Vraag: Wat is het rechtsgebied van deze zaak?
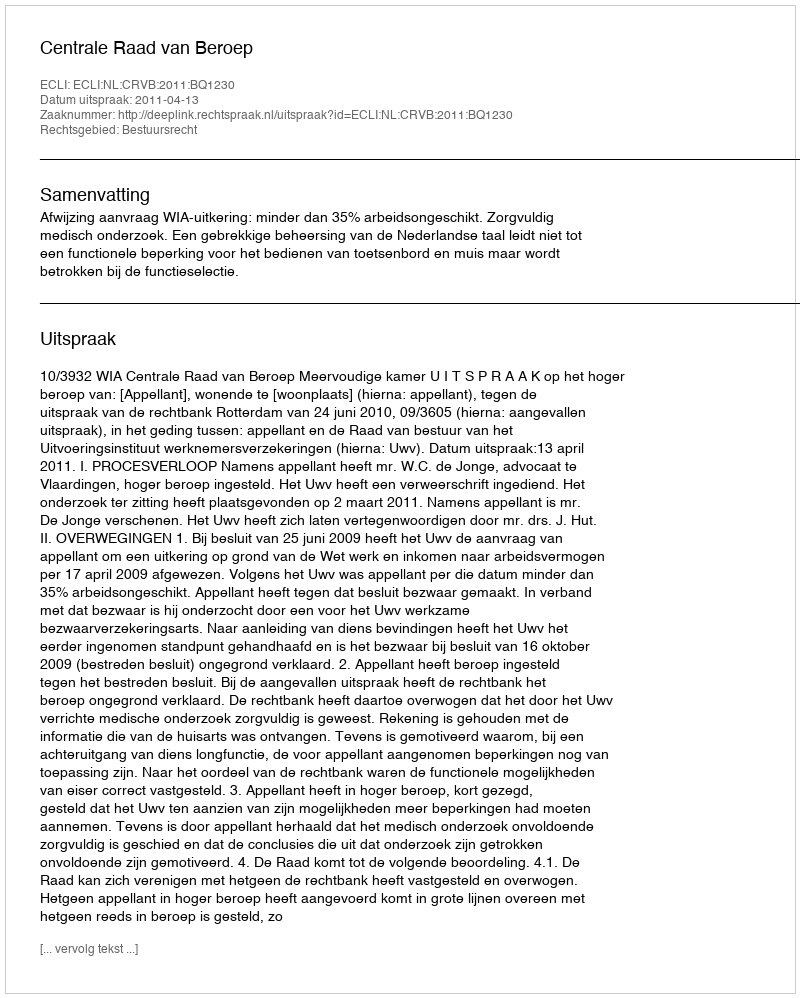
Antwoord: Bestuursrecht